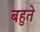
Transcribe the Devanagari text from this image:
बहुते